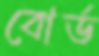
বোর্ড